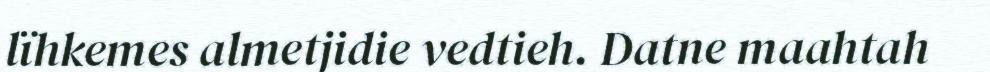
lïhkemes almetjidie vedtieh. Datne maahtah